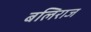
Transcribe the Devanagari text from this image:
बलिराज